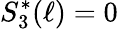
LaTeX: S_{3}^{*}(\ell)=0